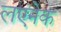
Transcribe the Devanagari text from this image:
लएंनेक